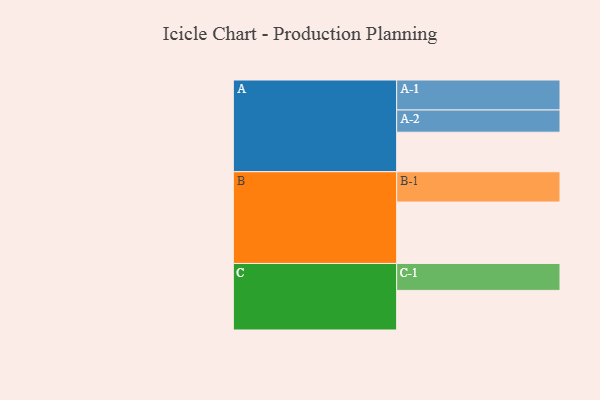
{"axis": {"x": "Segment", "y": "Value"}, "legend": ["", "A", "B", "C"], "data": [{"x": "A", "y": 386, "type": ""}, {"x": "B", "y": 600, "type": ""}, {"x": "C", "y": 387, "type": ""}, {"x": "A-1", "y": 293, "type": "A"}, {"x": "A-2", "y": 217, "type": "A"}, {"x": "B-1", "y": 296, "type": "B"}, {"x": "C-1", "y": 263, "type": "C"}]}